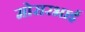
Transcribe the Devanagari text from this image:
मोरारभाई